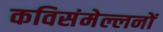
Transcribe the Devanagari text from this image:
कविसंमेल्लनों